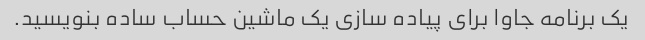
یک برنامه جاوا برای پیاده سازی یک ماشین حساب ساده بنویسید.